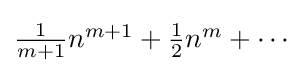
{\textstyle {\frac {1}{m+1}}n^{m+1}+{\frac {1}{2}}n^{m}+\cdots }